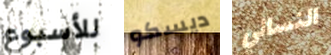
للأسبوع ديسكو النسائي